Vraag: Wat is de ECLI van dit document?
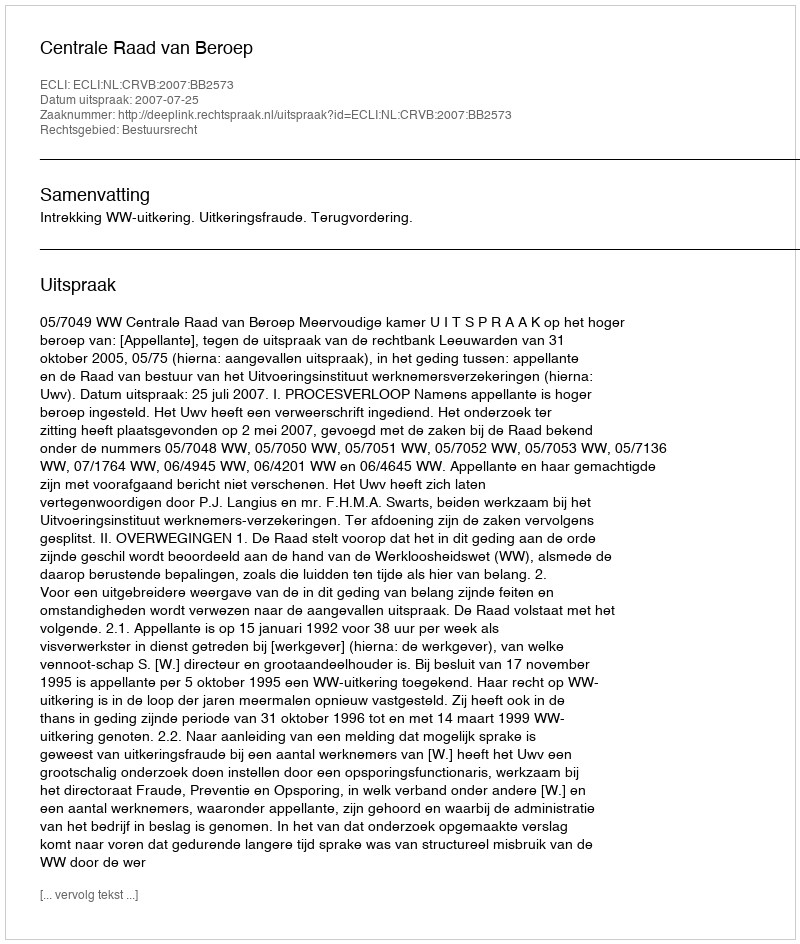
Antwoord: ECLI:NL:CRVB:2007:BB2573